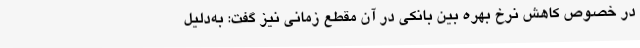
در خصوص کاهش نرخ بهره بین بانکی در آن مقطع زمانی نیز گفت: به‌دلیل